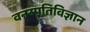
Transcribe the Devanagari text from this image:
वनस्‍पतिविज्ञान